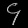
Digit: ၄